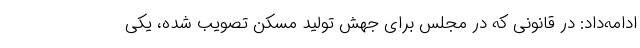
ادامه‌داد: در قانونی که در مجلس برای جهش تولید مسکن تصویب شده، یکی